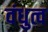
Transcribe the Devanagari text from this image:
वंधुत्व